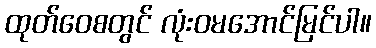
ထုတ်ဝေစတွင် လုံးဝမအောင်မြင်ပါ။